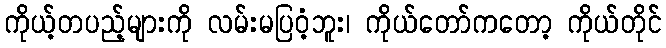
ကိုယ့်တပည့်များကို လမ်းမပြဝံ့ဘူး၊ ကိုယ်တော်ကတော့ ကိုယ်တိုင်